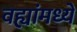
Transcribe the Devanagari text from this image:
वह्यांमध्ये